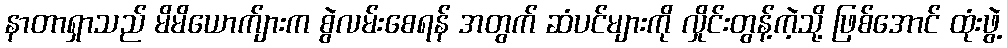
နာတာရှာသည် မိမိယောက်ျားက စွဲလမ်းစေရန် အတွက် ဆံပင်များကို လှိုင်းတွန့်ကဲ့သို့ ဖြစ်အောင် ထုံးဖွဲ့